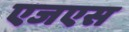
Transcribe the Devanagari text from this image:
एजएस